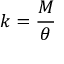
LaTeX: k = { \frac { M } { \theta } }